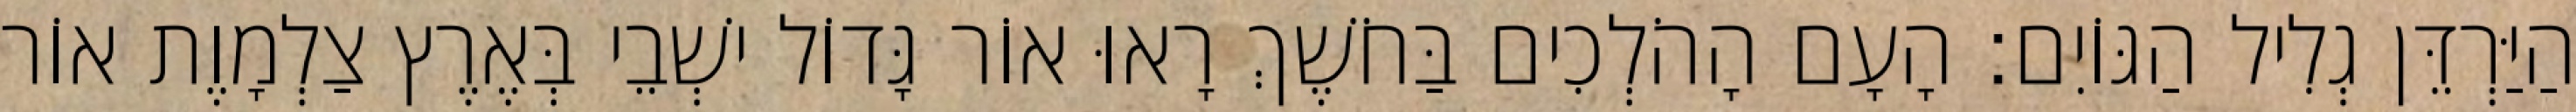
הַיַּרְדֵּן גְלִיל הַגּוֹיִם׃ הָעָם הָהֹלְכִים בַּחֹשֶׁךְ רָאוּ אוֹר גָּדוֹל ישְׁבֵי בְּאֶרֶץ צַלְמָוֶת אוֹר